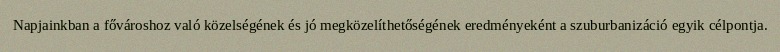
Napjainkban a fővároshoz való közelségének és jó megközelíthetőségének eredményeként a szuburbanizáció egyik célpontja.